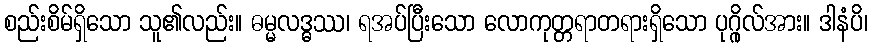
စည်းစိမ်ရှိသော သူ၏လည်း။ ဓမ္မလဒ္ဓဿ၊ ရအပ်ပြီးသော လောကုတ္တရာတရားရှိသော ပုဂ္ဂိုလ်အား။ ဒါနံပိ၊